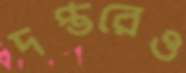
দপ্তরেও